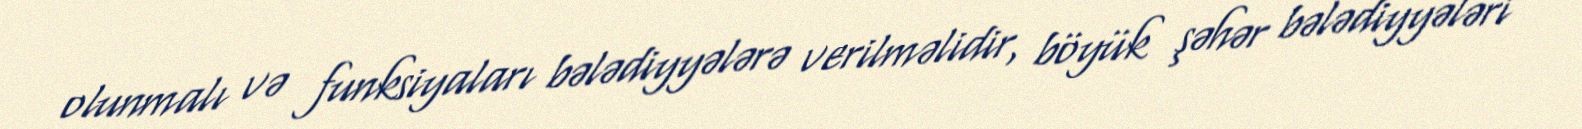
olunmalı və funksiyaları bələdiyyələrə verilməlidir, böyük şəhər bələdiyyələri